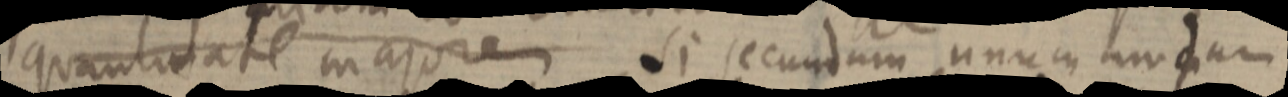
quantitate majorem Si secundum unum undam